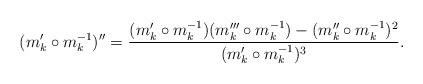
\begin{align*}(m'_k\circ m^{-1}_k)'' = \frac{(m'_k\circ m^{-1}_k) (m'''_k\circ m^{-1}_k) - (m''_k\circ m^{-1}_k)^2}{(m'_k\circ m^{-1}_k)^3} .\end{align*}